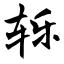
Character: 轹